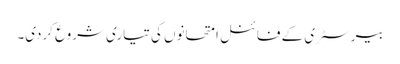
بیرسٹری کے فائنل امتحانوں کی تیاری شروع کردی۔